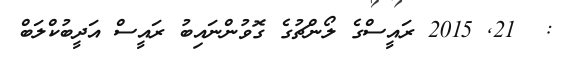
:  21